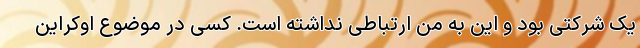
یک شرکتی بود و این به من ارتباطی نداشته است. کسی در موضوع اوکراین